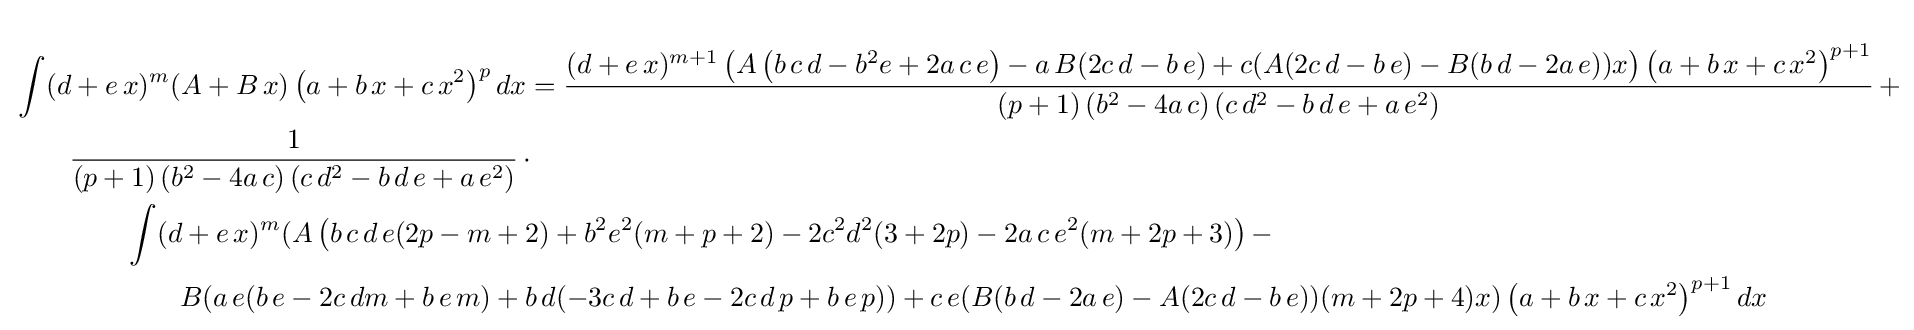
{\begin{aligned}&\int (d+e\,x)^{m}(A+B\,x)\left(a+b\,x+c\,x^{2}\right)^{p}dx={\frac {(d+e\,x)^{m+1}\left(A\left(b\,c\,d-b^{2}e+2a\,c\,e\right)-a\,B(2c\,d-b\,e)+c(A(2c\,d-b\,e)-B(b\,d-2a\,e))x\right)\left(a+b\,x+c\,x^{2}\right)^{p+1}}{(p+1)\left(b^{2}-4a\,c\right)\left(c\,d^{2}-b\,d\,e+a\,e^{2}\right)}}\,+\\&\qquad {\frac {1}{(p+1)\left(b^{2}-4a\,c\right)\left(c\,d^{2}-b\,d\,e+a\,e^{2}\right)}}\,\cdot \\&\qquad \qquad \int (d+e\,x)^{m}(A\left(b\,c\,d\,e(2p-m+2)+b^{2}e^{2}(m+p+2)-2c^{2}d^{2}(3+2p)-2a\,c\,e^{2}(m+2p+3)\right)-\\&\qquad \qquad \qquad B(a\,e(b\,e-2c\,dm+b\,e\,m)+b\,d(-3c\,d+b\,e-2c\,d\,p+b\,e\,p))+c\,e(B(b\,d-2a\,e)-A(2c\,d-b\,e))(m+2p+4)x)\left(a+b\,x+c\,x^{2}\right)^{p+1}dx\end{aligned}}